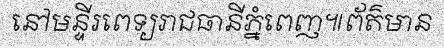
នៅមន្ទីរពេទ្យរាជធានីភ្នំពេញ៕ព័ត៌មាន